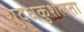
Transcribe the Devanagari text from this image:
शुद्धकुशलता